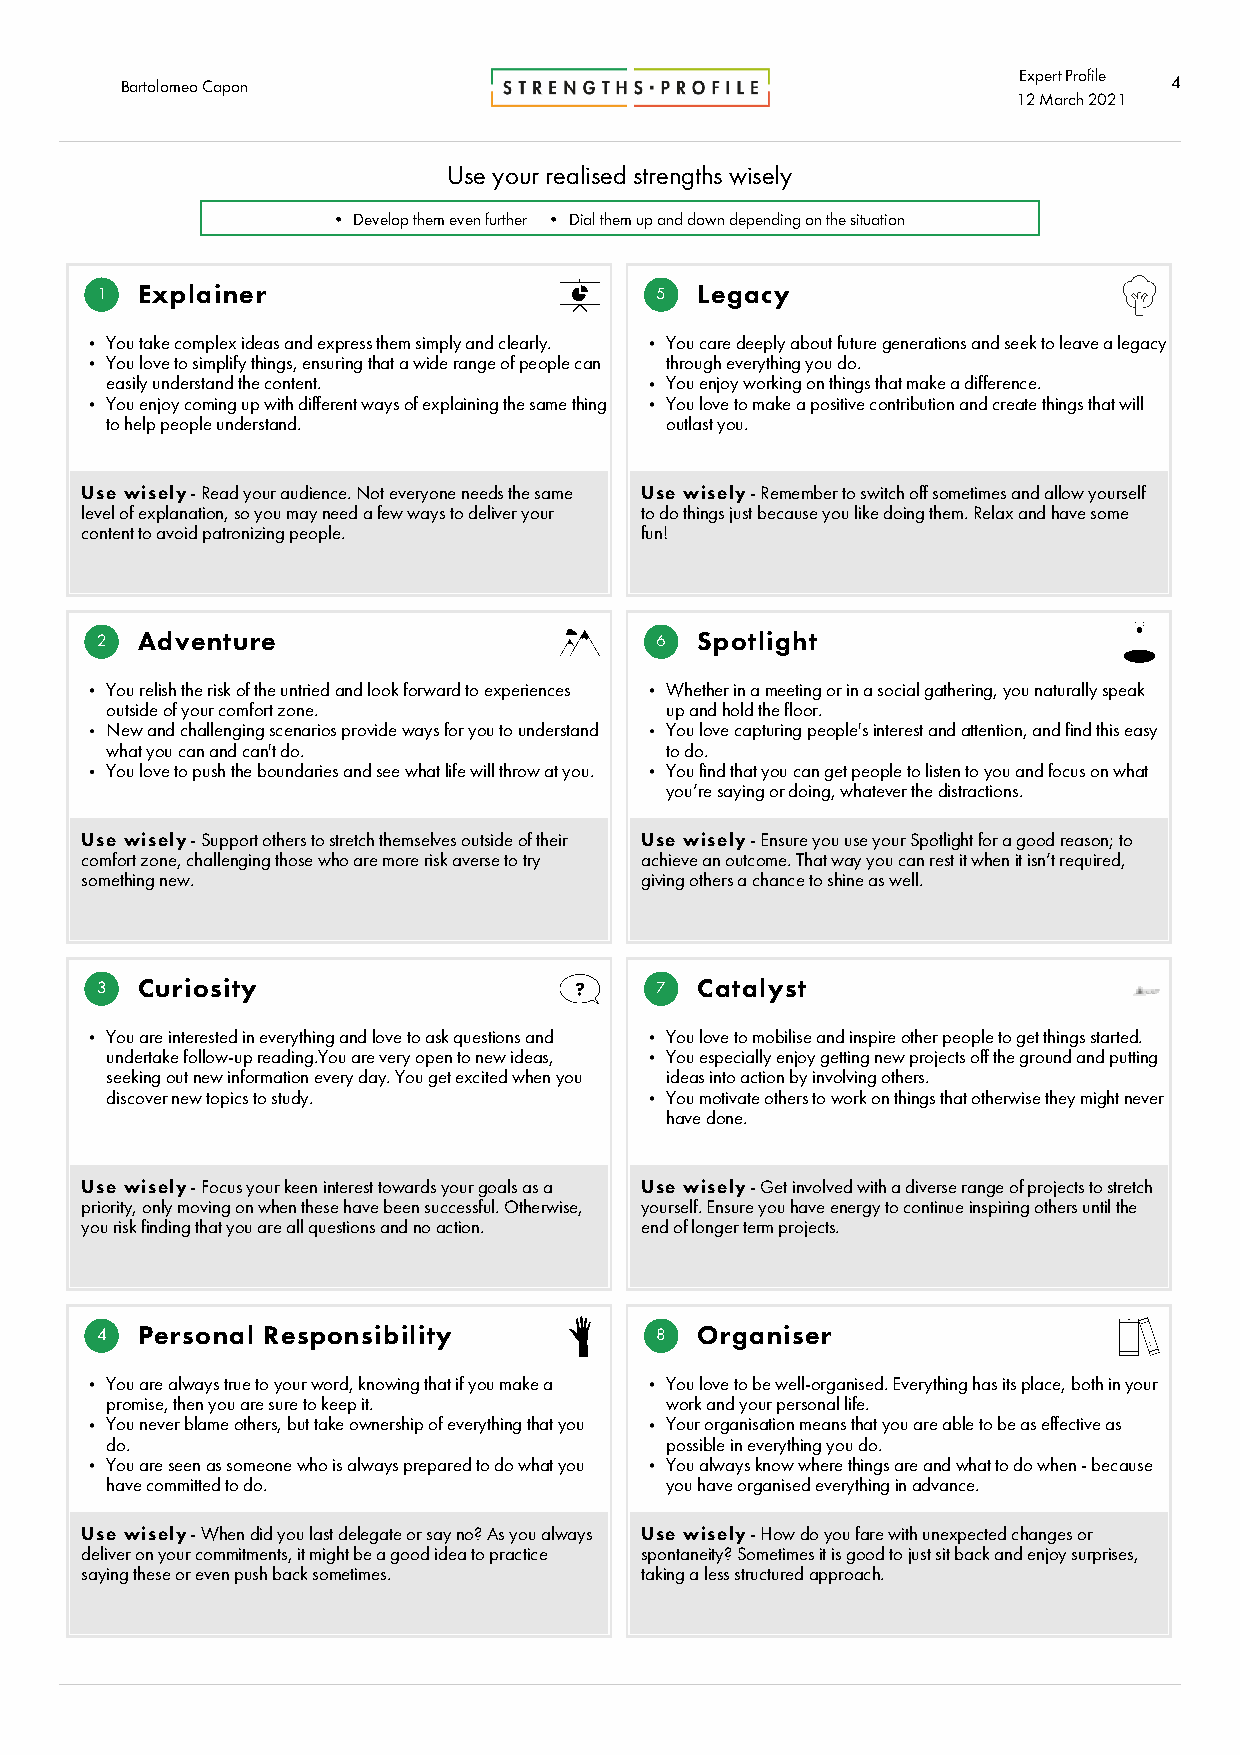
Expert Profile
 Barto lomeo Capon                                                    4
 12 Marc h2021
 Use your realised strengths wisely
 • Develop them even further • Dial them up and down depending on the situation
 1  Explainer                         5  Legacy
 You take complex ideas and express them simply and clearly. You care deeply about future generations and seek to leave a legacy
 You love to simplify things, ensuring that a wide range of people can through everything you do.
 easily understand the content.       You enjoy working on things that make a difference.
 You enjoy coming up with different ways of explaining the same thing You love to make a positive contribution and create things that will
 to help people understand.           outlast you.
 Use wisely - Read your audience. Not everyone needs the same Use wisely - Remember to switch off sometimes and allow yourself
 level of explanation, so you may need a few ways to deliver your to do things just because you like doing them. Relax and have some
 content to avoid patronizing people. fun!
 2  Adventure                         6  Spotlight
 You relish the risk of the untried and look forward to experiences Whether in a meeting or in a social gathering, you naturally speak
 outside of your comfort zone.        up and hold the floor.
 New and challenging scenarios provide ways for you to understand You love capturing people's interest and attention, and find this easy
 what you can and can't do.           to do.
 You love to push the boundaries and see what life will throw at you. You find that you can get people to listen to you and focus on what
 you’re saying or doing, whatever the distractions.
 Use wisely - Support others to stretch themselves outside of their Use wisely - Ensure you use your Spotlight for a good reason; to
 comfort zone, challenging those who are more risk averse to try achieve an outcome. That way you can rest it when it isn’t required,
 something new.                       giving others a chance to shine as well.
 3  Curiosity                         7  Catalyst
 You are interested in everything and love to ask questions and You love to mobilise and inspire other people to get things started.
 undertake follow-up reading.You are very open to new ideas, You especially enjoy getting new projects off the ground and putting
 seeking out new information every day. You get excited when you ideas into action by involving others.
 discover new topics to study.        You motivate others to work on things that otherwise they might never
 have done.
 Use wisely - Focus your keen interest towards your goals as a Use wisely - Get involved with a diverse range of projects to stretch
 priority, only moving on when these have been successful. Otherwise, yourself. Ensure you have energy to continue inspiring others until the
 you risk finding that you are all questions and no action. end of longer term projects.
 4  Personal Responsibility           8  Organiser
 You are always true to your word, knowing that if you make a You love to be well-organised. Everything has its place, both in your
 promise, then you are sure to keep it. work and your personal life.
 You never blame others, but take ownership of everything that you Your organisation means that you are able to be as effective as
 do.                                  possible in everything you do.
 You are seen as someone who is always prepared to do what you You always know where things are and what to do when - because
 have committed to do.                you have organised everything in advance.
 Use wisely - When did you last delegate or say no? As you always Use wisely - How do you fare with unexpected changes or
 deliver on your commitments, it might be a good idea to practice spontaneity? Sometimes it is good to just sit back and enjoy surprises,
 saying these or even push back sometimes. taking a less structured approach.